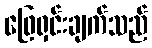
ဖြေရှင်းချက်သည်